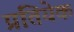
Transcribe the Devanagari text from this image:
प्रतियेक